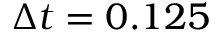
\Delta t = 0 . 1 2 5